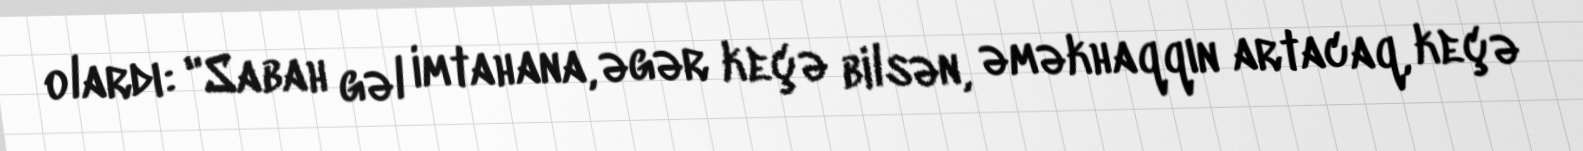
olardı: "Sabah gəl imtahana, əgər keçə bilsən, əməkhaqqın artacaq, keçə